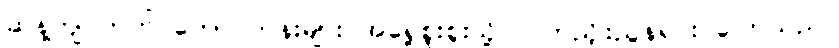
ဆန့်ကျင်ဘက် တောင်တန်းများ အရှေ့စူးစူးသို့ လက်ညှိုးညွန်ရင်း ပြောသည်။